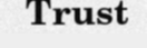
Trust